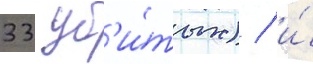
33 уб'и́тых) / и́